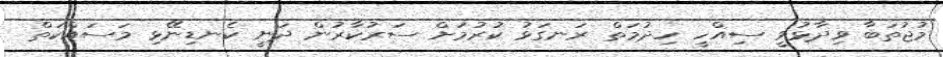
މުޖުތަބާ ވިދާޅުވީ ސިއްހީ ހިދުމަތް ރަނގަޅު ކުރުމަށް ސަރުކާރުން ދަނީ ކެނޑިނޭޅި މަސައްކަތް